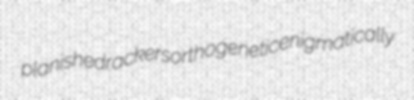
planished rackers orthogenetic enigmatically